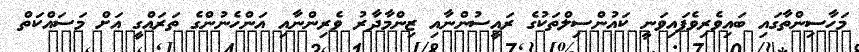
މަހާސިންތާގައި ބައިވެރިވެފައިވަނީ ކައުންސިލްތަކުގެ ރައީސުންނާއި ޒިންމާދާރު ވެރިންނާއި އަންހެނުންގެ ތަރައްގީ އަށް މަސައްކަތް